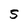
Character: 5